Notes on vaccination in the North-West Frontier Province 1923-1928 - 1923-1928
Year: 1923
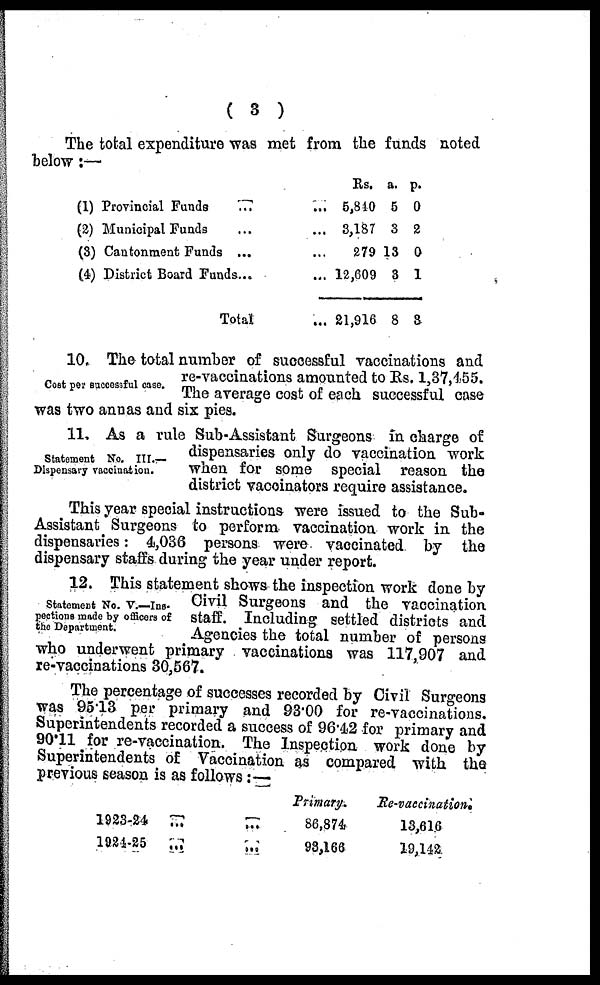
( 3 )
The total expenditure was met from the funds noted
below:—
(1) Provincial Funds
...
...
(2) Municipal Funds ... ...
(8) Cantonment Funds ... ...
(4) District Board Funds... ...
Total
Rs.
5,810
3,187
279
12,609
21,916
a.
5
3
13
3
8
p.
0
2
0
1
3
Cost per successful case.
10. The total number of successful vaccinations and
re-vaccinations amounted to Rs. 1,37,455.
The average cost of each successful case
was two annas and six pies.
Statement No. III.—
Dispensary vaccination.
11. As a rule Sub-Assistant Surgeons in charge of
dispensaries only do vaccination work
when for some special reason the
district vaccinators require assistance.
This year special instructions were issued to the Sub-
Assistant Surgeons to perform vaccination work in the
dispensaries: 4,036 persons were vaccinated by the
dispensary staffs during the year under report.
Statement No. V.—Ins-
pections made by officers of
the Department.
12. This statement shows the inspection work done by
Civil Surgeons and the vaccination
staff. Including settled districts and
Agencies the total number of persons
who underwent primary vaccinations was 117,907 and
re-vaccinations 30,567.
The percentage of successes recorded by Civil Surgeons
was 95.13 per primary and 93.00 for re-vaccinations.
Superintendents recorded a success of 96.42 for primary and
90.11 for re-vaccination. The Inspection work done by
Superintendents of Vaccination as compared with the
previous season is as follows :—
1923-24
...
1924-25
...
Primary.
86,874
93,166
Re-vaccination.
13,616
19,142